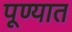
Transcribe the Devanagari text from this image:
पूण्यात